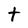
Character: t